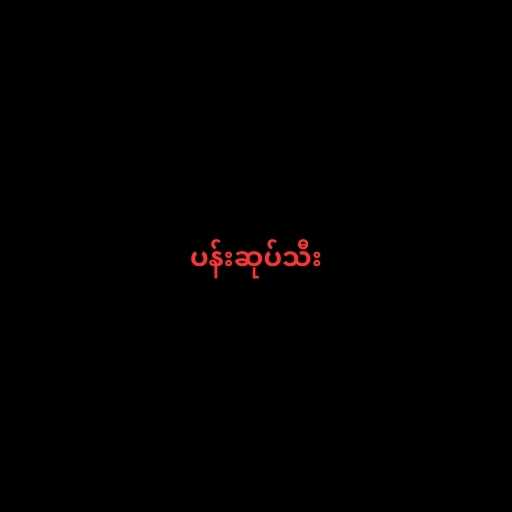
ပန်းဆုပ်သီး